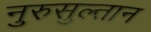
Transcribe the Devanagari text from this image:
नुरुसुल्तान